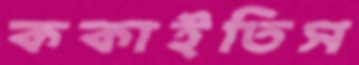
ককাইতিস